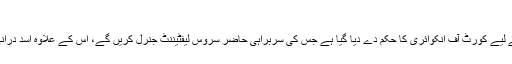
’’ تحقیقات کی سربراہی حاضر سروس لیفٹیننٹ جنرل کریں گے ‘‘
ڈی جی آئی ایس پی آر کی ٹوئٹ کے مطابق معاملے کی تفصیلی تحقیقات کے لیے کورٹ آف انکوائری کا حکم دے دیا گیا ہے جس کی سربراہی حاضر سروس لیفٹیننٹ جنرل کریں گے، اس کے علاوہ اسد درانی کانام ای سی ایل میں ڈالنےکے لیے مجازاتھارٹی سے بھی رابطہ کرلیا گیا۔